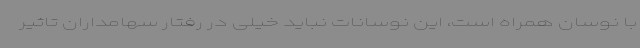
با نوسان همراه است، این نوسانات نباید خیلی در رفتار سهامداران تاثیر